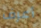
أعرف